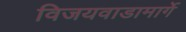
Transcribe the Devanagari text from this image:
विजयवाडामार्गे